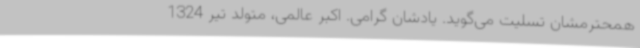
همحترمشان تسلیت می‌گوید. یادشان گرامی. اکبر عالمی، متولد تیر 1324